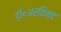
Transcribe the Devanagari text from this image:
डॉ॰अरविन्द